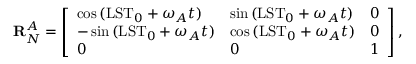
\mathbf { R } _ { N } ^ { A } = \left[ \begin{array} { l l l } { \cos { ( \mathrm { L S T } _ { 0 } + \omega _ { A } t ) } } & { \sin { ( \mathrm { L S T } _ { 0 } + \omega _ { A } t ) } } & { 0 } \\ { - \sin { ( \mathrm { L S T } _ { 0 } + \omega _ { A } t ) } } & { \cos { ( \mathrm { L S T } _ { 0 } + \omega _ { A } t ) } } & { 0 } \\ { 0 } & { 0 } & { 1 } \end{array} \right] ,